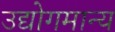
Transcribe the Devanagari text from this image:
उद्योगमान्य